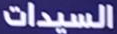
السيدات